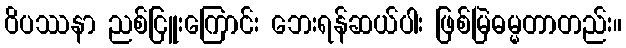
ဝိပဿနာ ညစ်ငြူးကြောင်း ဘေးရန်ဆယ်ပါး ဖြစ်မြဲဓမ္မတာတည်း။